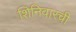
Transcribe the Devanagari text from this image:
शिनिवारची